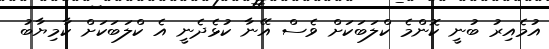
އުމެއިރު ބުނީ ކޮންމެ ކްލަބަކަށް ވެސް އޭނާ ކުޅެދެނީ އެ ކްލަބަކަށް ކާމިޔާބު